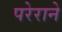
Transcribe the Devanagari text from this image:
परेराने